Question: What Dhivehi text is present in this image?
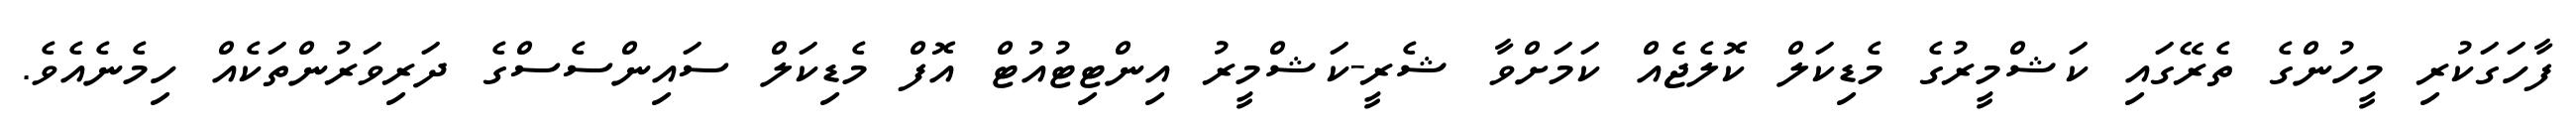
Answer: ފާހަގަކުރި މީހުންގެ ތެރޭގައި ކަޝްމީރުގެ މެޑިކަލް ކޮލެޖެއް ކަމަށްވާ ޝެރީ-ކަޝްމީރު އިންޓިޓުއުޓް އޮފް މެޑިކަލް ސައިންސެސްގެ ދަރިވަރުންތަކެއް ހިމެނެއެވެ.